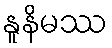
နူနိမဿ